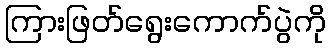
ကြားဖြတ်ရွေးကောက်ပွဲကို